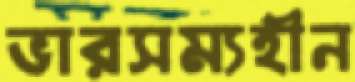
ভারসম্যহীন